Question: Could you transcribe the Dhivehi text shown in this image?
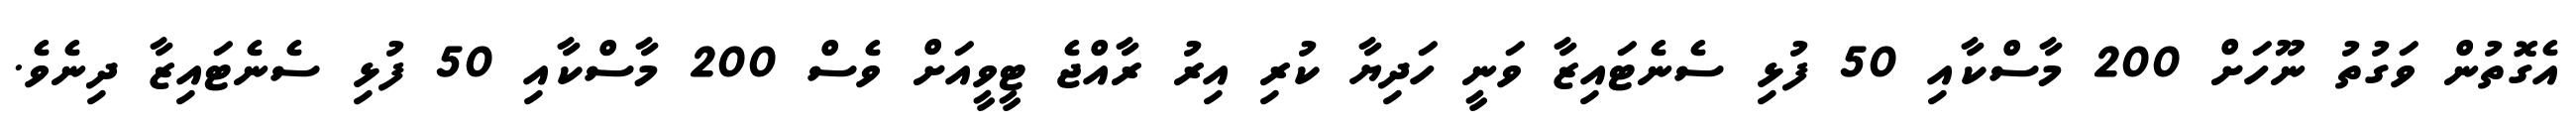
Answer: އެގޮތުން ވަގުތު ނޫހަށް 200 މާސްކާއި 50 ފުޅި ސެނެޓައިޒާ ވަނީ ހަދިޔާ ކުރި އިރު ރާއްޖެ ޓީވީއަށް ވެސް 200 މާސްކާއި 50 ފުޅި ސެނެޓައިޒާ ދިނެވެ.